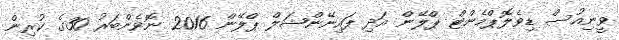
ވީނިއުސް ޑިވެލޮޕްމެންޓް ޕްލޭން އަދި ފައިނޭންޝަލް ޕްލޭން 2016 ނޮވެންބަރު 30ގެ ކުރިން